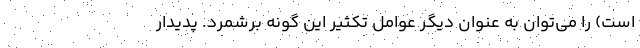
است) را می‌توان به عنوان دیگر عوامل تکثیر این گونه برشمرد. پدیدار